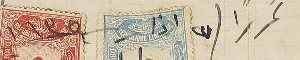
تحريرًا فى ٢٧ اذار ١٩٣٥